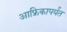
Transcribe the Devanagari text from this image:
आफ्रिकापर्यंत